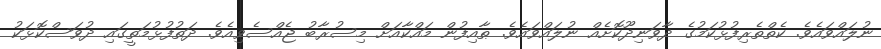
ނުލައްވައެވެ. ކެތްތެރިފުޅުކަމުގެ ދާވަނިދޫކޮށެއް ނުލައްވައެވެ. ޠާއިފުން މައްކާއަށް މިސުރާބު ޖެއްސެވިއެވެ. ދަތުފުޅުމަތީގައި ދުވަސްކޮޅަކު